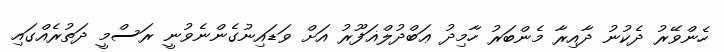
ހެންވޭރު ދެކުނު ދާއިރާ މެންބަރު ހާމިދު ޢަބްދުލްޣަފޫރު އަށް ވަޑައިނުގެންނެވުނީ ރަސްމީ ދަތުރެއްގައި